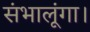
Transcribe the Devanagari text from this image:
संभालूंगा।